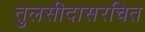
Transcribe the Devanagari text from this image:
तुलसीदासरचित